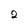
Character: 2